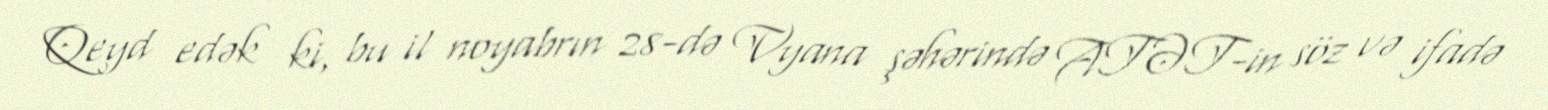
Qeyd edək ki, bu il noyabrın 28-də Vyana şəhərində ATƏT-in söz və ifadə